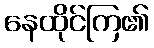
နေထိုင်ကြ၏